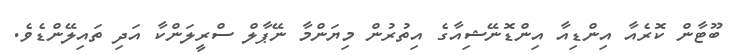
ބޫޓާން ކޮރެއާ އިންޑިއާ އިންޑޮނޭޝިއާގެ އިތުރުން މިޔަންމާ ނޭޕާލް ސްރީލަންކާ އަދި ތައިލޭންޑެވެ.